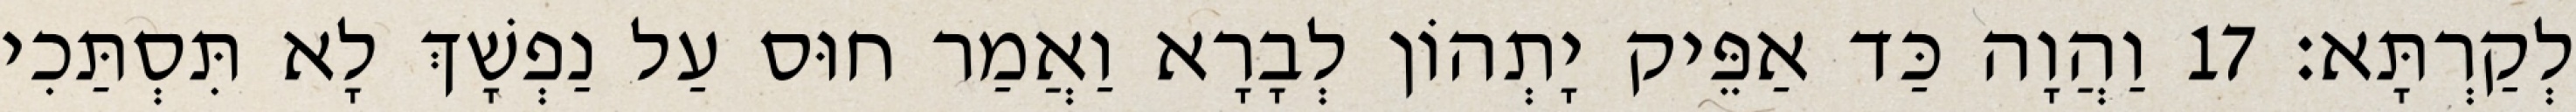
לְקַרְתָּא׃ 17 וַהֲוָה כַּד אַפֵּיק יָתְהוֹן לְבָרָא וַאֲמַר חוּס עַל נַפְשָׁךְ לָא תִּסְתַּכִי